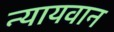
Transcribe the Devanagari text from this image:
न्यायवान